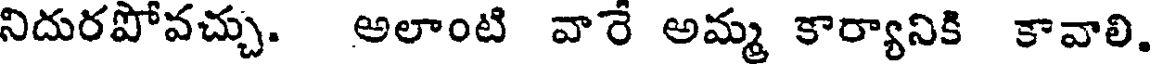
నిదురపోవచ్చు. అలాంటి వారే అమ్మ కార్యానికి కావాలి.